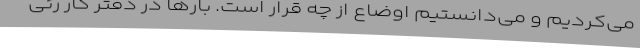
می‌کردیم و می‌دانستیم اوضاع از چه قرار است. بارها در دفتر کار رئی